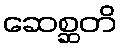
ဆေစ္ဆတိ